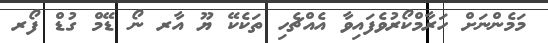
މަމެންނަށް ހަރާމްކޯރުވެފައިވާ އެއްޗެހި ތަކެކޭ ޔޫ އާރ ނޯ ޑޭމް ގުޑް ފޯރ